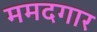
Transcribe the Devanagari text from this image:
ममदगार